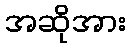
အဆိုအား